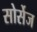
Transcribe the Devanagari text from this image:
सोर्सेज